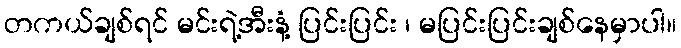
တကယ်ချစ်ရင် မင်းရဲ့အီးနံ့ ပြင်းပြင်း ၊ မပြင်းပြင်းချစ်နေမှာပါ။